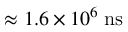
\approx 1 . 6 \times 1 0 ^ { 6 } \; \mathrm { n s }